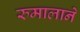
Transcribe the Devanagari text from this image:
रुमालाने